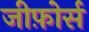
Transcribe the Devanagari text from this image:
जीफ़ोर्स